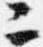
二